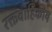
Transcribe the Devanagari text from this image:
रक्तवाहिकीय